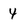
Character: 4